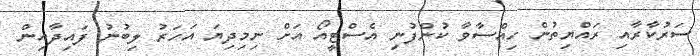
ސަރުކާރާއި ރައްޔިތުން ހިއްސާވާ ކުންފުނި އެސްޓީއޯ އަށް ނިމިދިޔަ އަހަރު ލިބުނު ފައިދާއިން